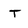
Character: T